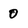
Character: 0